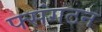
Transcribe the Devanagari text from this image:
फ्संगठन